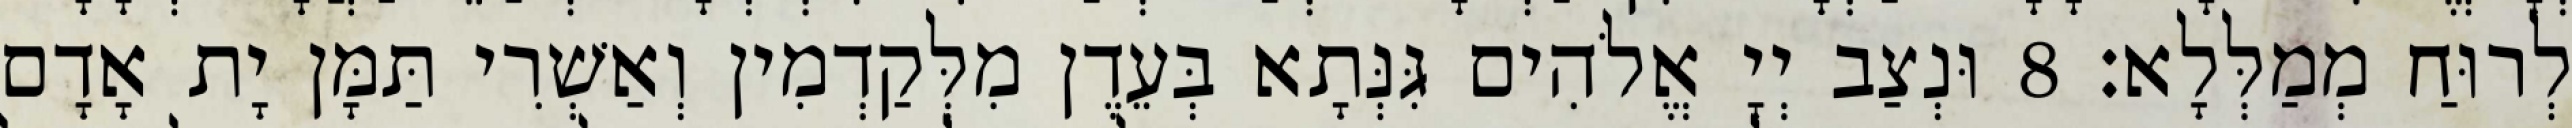
לְרוּחַ מְמַלְּלָא׃ 8 וּנְצַב יְיָ אֱלֹהִים גִּנְּתָא בְּעֵדֶן מִלְּקַדְמִין וְאַשְׁרִי תַּמָּן יָת אָדָם